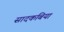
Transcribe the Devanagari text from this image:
सादकबिया